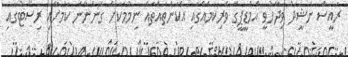
ރައީސް ނަޝީދު ވިދާޅުވީ އެމްޑީޕީގެ ވެރިކަމެއްގައި އެކަންތައްތައް ނިމުމަކަށް ގެންނާނެ ކަމަށާއި ރިސޯޓުގައި